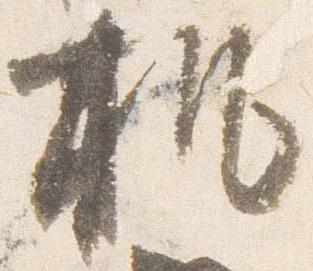
机